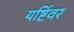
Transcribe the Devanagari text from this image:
यष्टिंवर